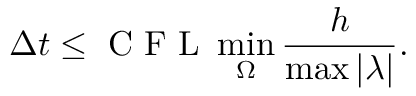
{ \Delta t } \leq \textnormal { C F L } \operatorname* { m i n } _ { \Omega } \frac { h } { \operatorname* { m a x } | \lambda | } .